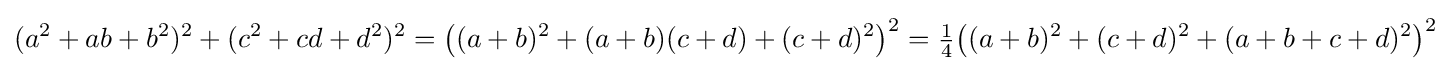
(a^{2}+ab+b^{2})^{2}+(c^{2}+cd+d^{2})^{2}={\big (}(a+b)^{2}+(a+b)(c+d)+(c+d)^{2}{\big )}^{2}={\tfrac {1}{4}}{\big (}(a+b)^{2}+(c+d)^{2}+(a+b+c+d)^{2}{\big )}^{2}